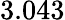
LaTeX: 3.043